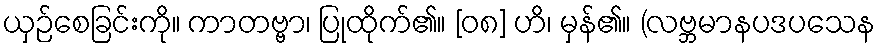
ယှဉ်စေခြင်းကို။ ကာတဗ္ဗာ၊ ပြုထိုက်၏။ [၀၈] ဟိ၊ မှန်၏။ (လဗ္ဘမာနပဒပသေန